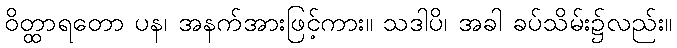
ဝိတ္ထာရတော ပန၊ အနက်အားဖြင့်ကား။ သဒါပိ၊ အခါ ခပ်သိမ်း၌လည်း။